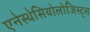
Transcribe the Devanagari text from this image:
एनेस्थेसियोलोजिस्ट्स